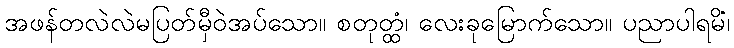
အဖန်တလဲလဲမပြတ်မှီဝဲအပ်သော။ စတုတ္ထံ၊ လေးခုမြောက်သော။ ပညာပါရမိံ၊